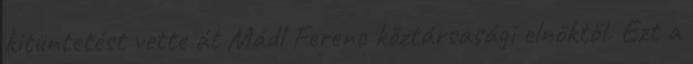
kitüntetést vette át Mádl Ferenc köztársasági elnöktől. Ezt a